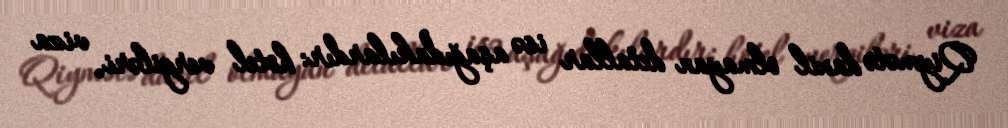
Qiymətə daxil olmayan detallar isə aşağıdakılardır: hotel vergiləri, viza